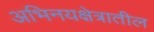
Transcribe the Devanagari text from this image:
अभिनयक्षेत्रातील